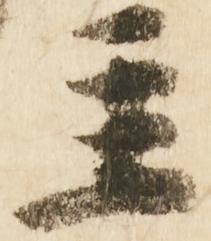
主